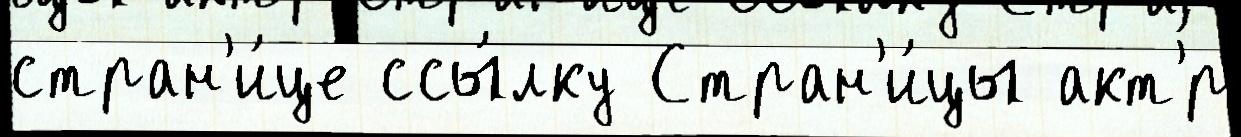
стран'и́це ссы́лку Стран'и́цы акт'́р